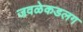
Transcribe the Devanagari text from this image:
जवळेकडलग